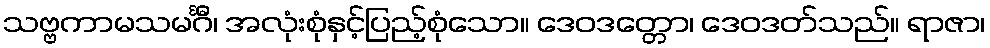
သဗ္ဗကာမသမင်္ဂီ၊ အလုံးစုံနှင့်ပြည့်စုံသော။ ဒေဝဒတ္တော၊ ဒေဝဒတ်သည်။ ရာဇာ၊